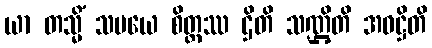
ယာ တသ္မိံ သမယေ စိတ္တဿ ဌိတိ သဏ္ဌိတိ အဝဋ္ဌိတိ